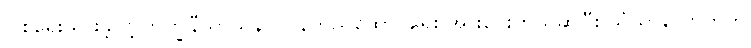
ပြုစုရေးသားခဲ့လို့ ဘိက္ခုနီသာသနာ ပြန်တည်ထောင်ရေး အားပေးတယ်ဆိုပြီး သံဃာလောကက